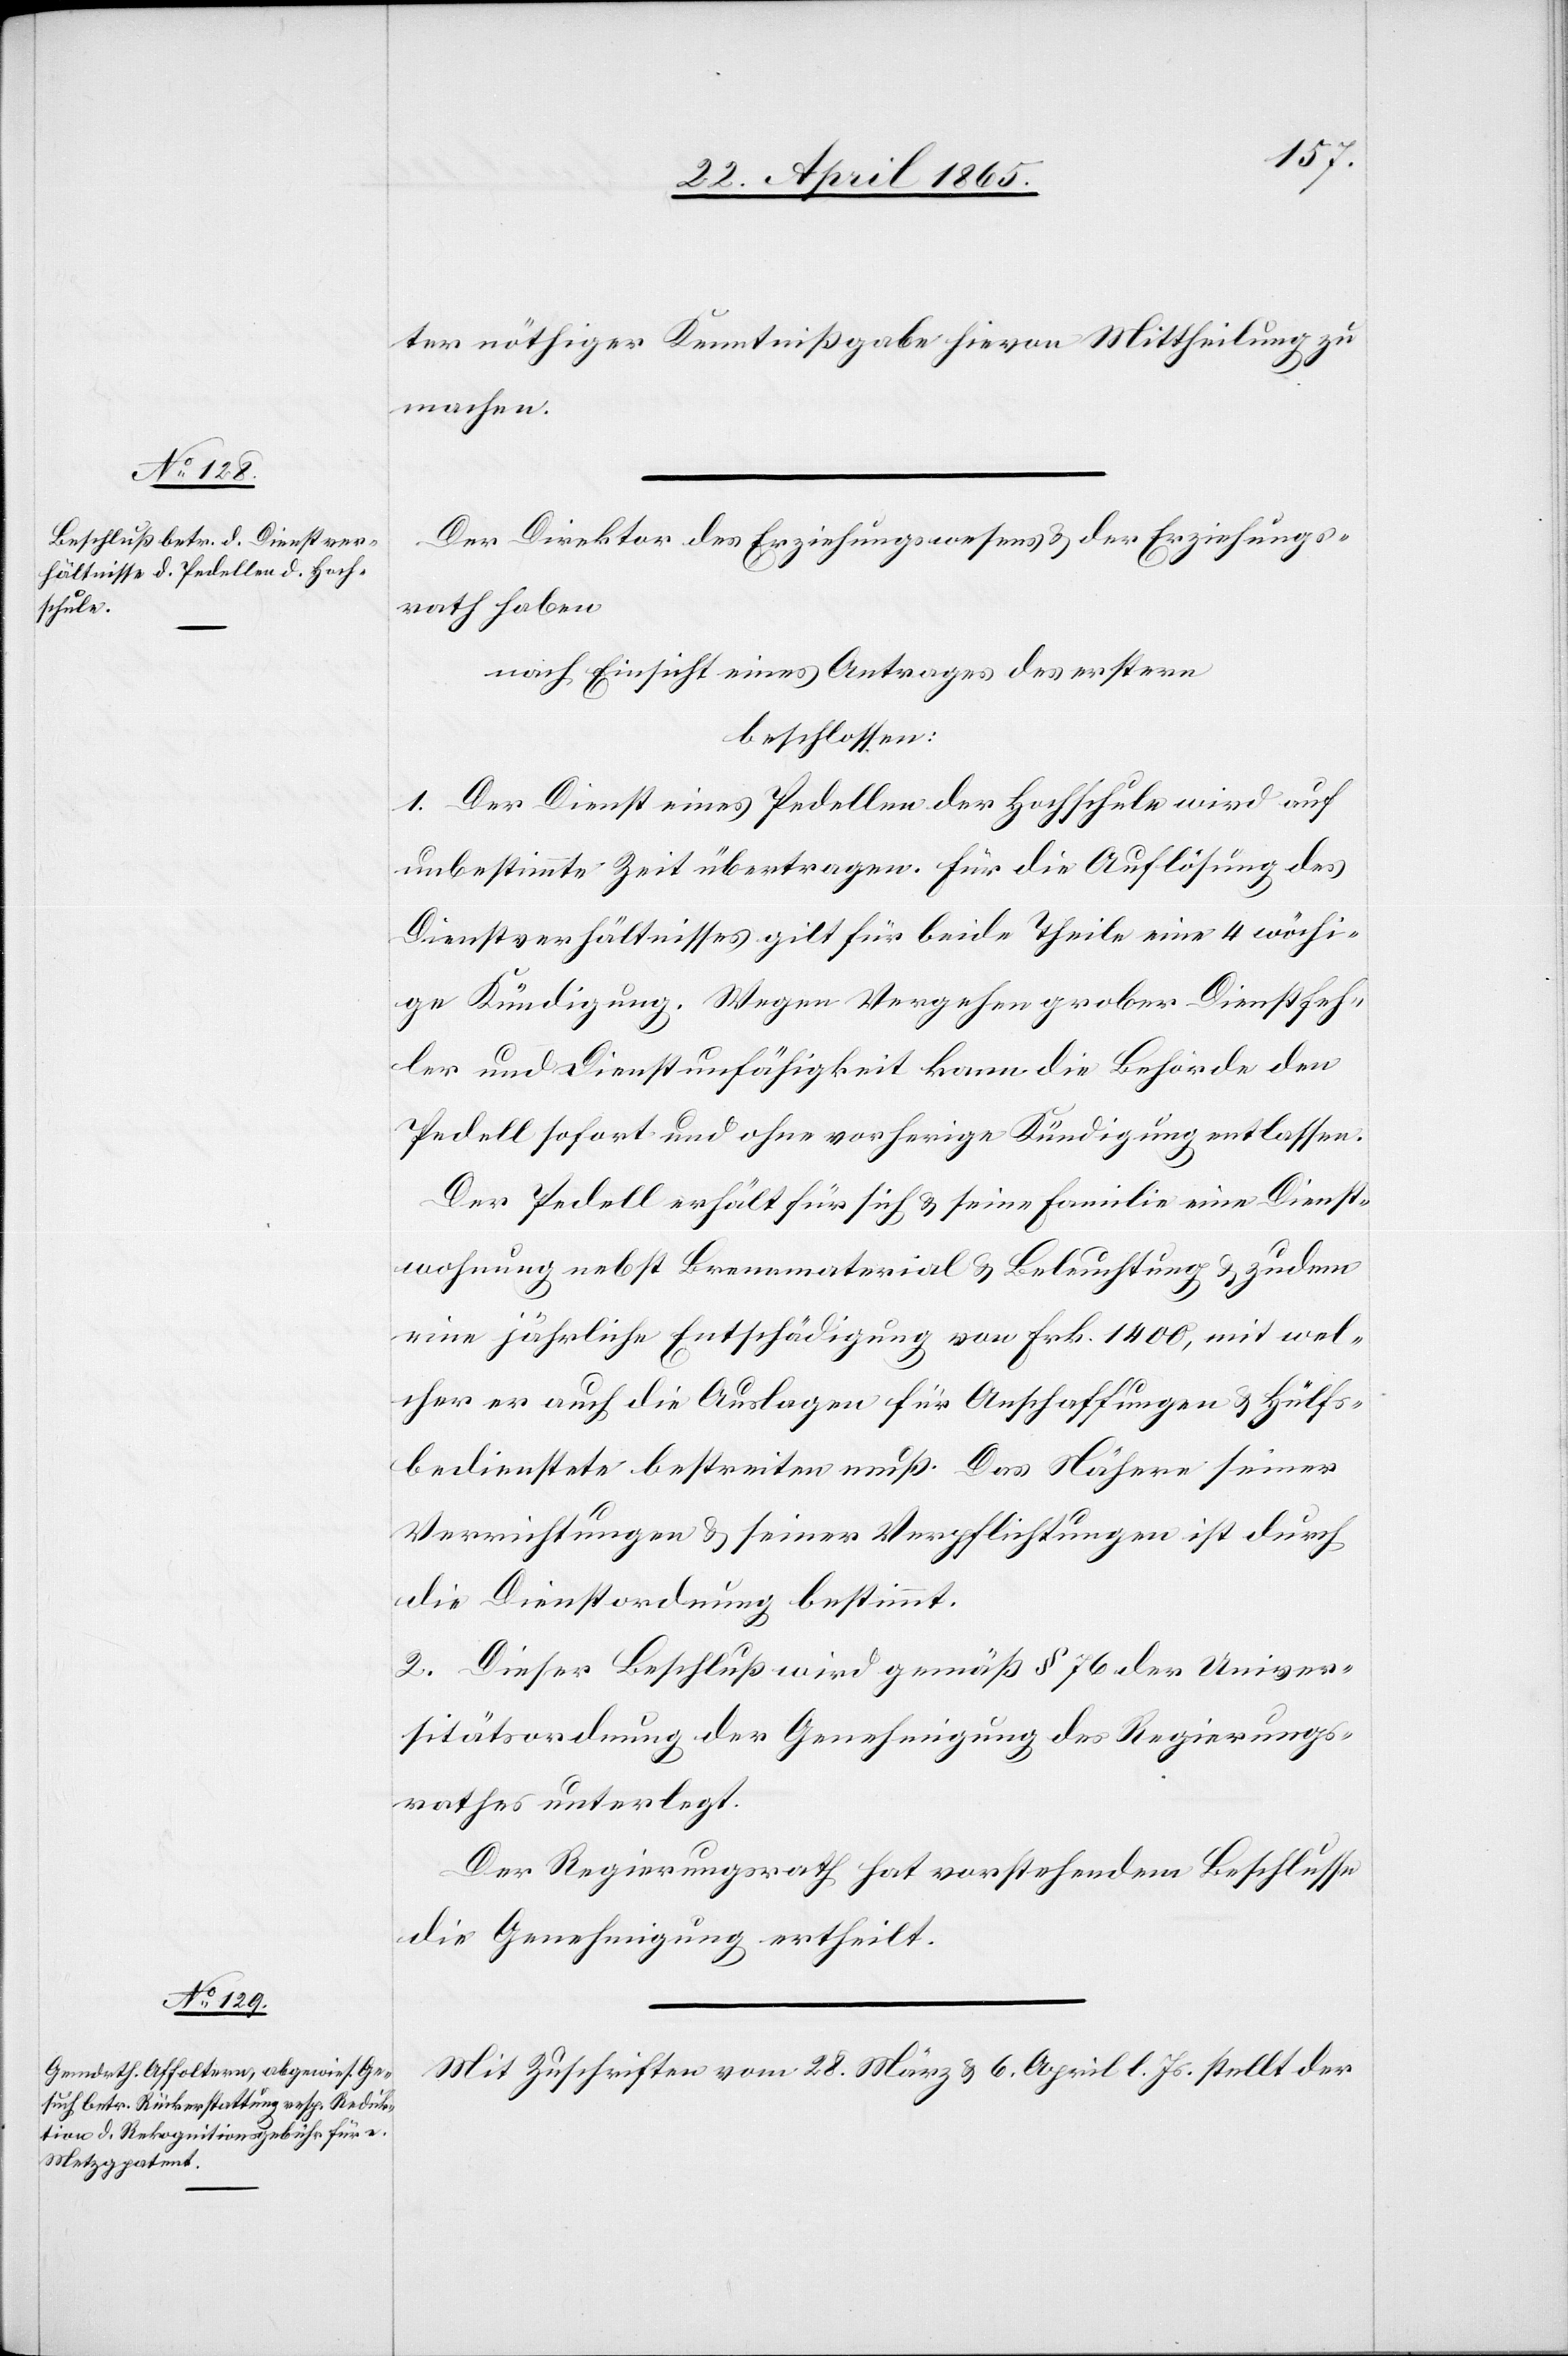
ter nöthiger Kenntnißgabe hievon Mittheilung zu
machen.
Der Direktor des Erziehungswesens & der Erziehungs¬
rath haben
nach Einsicht eines Antrages des erstern
beschlossen:
1. Der Dienst eines Pedellen der Hochschule wird auf
unbestimmte Zeit übertragen. Für die Auflösung des
Dienstverhältnisses gilt für beide Theile eine 4 wöchi¬
ge Kündigung. Wegen Vergehen grober Dienstfeh¬
ler und Dienstunfähigkeit kann die Behörde den
Pedell sofort und ohne vorherige Kündigung entlassen.
Der Pedell erhält für sich & seine Familie eine Dienst¬
wohnung nebst Brennmaterial & Beleuchtung & zudem
eine jährliche Entschädigung von Frk. 1400, mit wel¬
cher er auch die Auslagen für Anschaffungen & Hülfs¬
bedienstete bestreiten muß. Das Nähere seiner
Verrichtungen & seiner Verpflichtungen ist durch
die Dienstordnung bestimmt.
2. Dieser Beschluß wird gemäß § 76 der Univer¬
sitätsordnung der Genehmigung des Regierungs¬
rathes unterlegt.
Der Regierungsrath hat vorstehendem Beschlusse
die Genehmigung ertheilt.
Mit Zuschrift vom 28. März & 6. April l. Js. stellt der